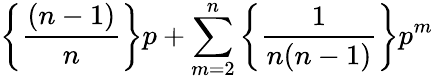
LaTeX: \left\{ \frac{(n-1)}{n}\right\} p+\sum_{m=2}^{n}\left\{ \frac{1}{n(n-1)}\right\} p^{m}